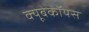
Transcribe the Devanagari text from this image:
क्यूबेकॉयस